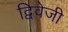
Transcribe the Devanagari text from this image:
द्विवेजी